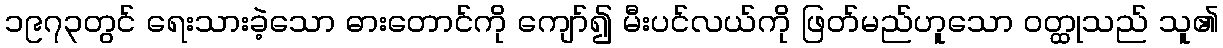
၁၉၇၃တွင် ရေးသားခဲ့သော ဓားတောင်ကို ကျော်၍ မီးပင်လယ်ကို ဖြတ်မည်ဟူသော ဝတ္ထုသည် သူ၏